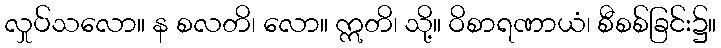
လှုပ်သလော။ န စလတိ၊ လော။ ဣတိ၊ သို့။ ဝိစာရဏာယံ၊ စီစစ်ခြင်း၌။